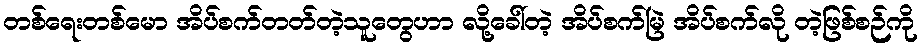
တစ်ရေးတစ်မော အိပ်စက်တတ်တဲ့သူတွေဟာ လို့ခေါ်တဲ့ အိပ်စက်မြဲ အိပ်စက်လို တဲ့ဖြစ်စဉ်ကို